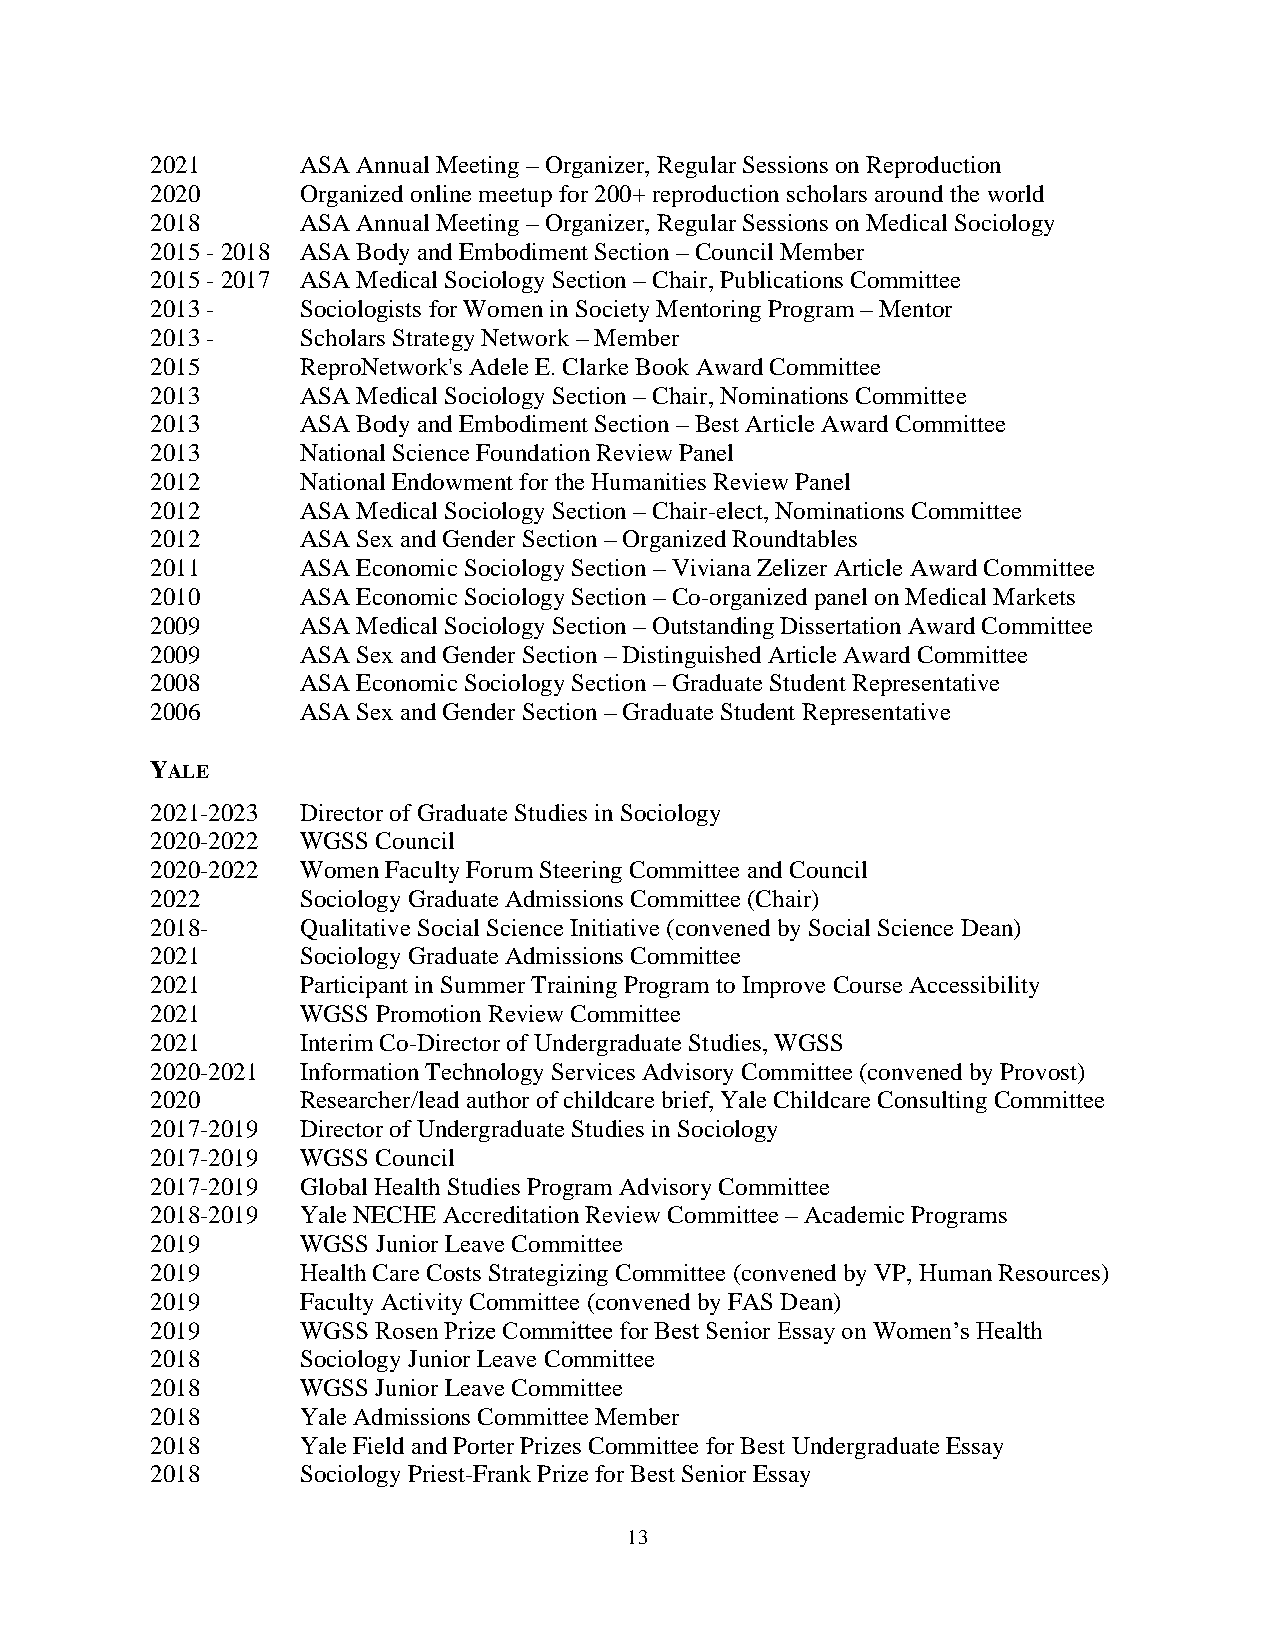
2021      ASA Annual Meeting – Organizer, Regular Sessions on Reproduction
 2020      Organized online meetup for 200+ reproduction scholars around the world
 2018      ASA Annual Meeting – Organizer, Regular Sessions on Medical Sociology
 2015 - 2018 ASA Body and Embodiment Section – Council Member
 2015 - 2017 ASA Medical Sociology Section – Chair, Publications Committee
 2013 -    Sociologists for Women in Society Mentoring Program – Mentor
 2013 -    Scholars Strategy Network – Member
 2015      ReproNetwork's Adele E. Clarke Book Award Committee
 2013      ASA Medical Sociology Section – Chair, Nominations Committee
 2013      ASA Body and Embodiment Section – Best Article Award Committee
 2013      National Science Foundation Review Panel
 2012      National Endowment for the Humanities Review Panel
 2012      ASA Medical Sociology Section – Chair-elect, Nominations Committee
 2012      ASA Sex and Gender Section – Organized Roundtables
 2011      ASA Economic Sociology Section – Viviana Zelizer Article Award Committee
 2010      ASA Economic Sociology Section – Co-organized panel on Medical Markets
 2009      ASA Medical Sociology Section – Outstanding Dissertation Award Committee
 2009      ASA Sex and Gender Section – Distinguished Article Award Committee
 2008      ASA Economic Sociology Section – Graduate Student Representative
 2006      ASA Sex and Gender Section – Graduate Student Representative
 YALE
 2021-2023 Director of Graduate Studies in Sociology
 2020-2022 WGSS Council
 2020-2022 Women Faculty Forum Steering Committee and Council
 2022      Sociology Graduate Admissions Committee (Chair)
 2018-     Qualitative Social Science Initiative (convened by Social Science Dean)
 2021      Sociology Graduate Admissions Committee
 2021      Participant in Summer Training Program to Improve Course Accessibility
 2021      WGSS Promotion Review Committee
 2021      Interim Co-Director of Undergraduate Studies, WGSS
 2020-2021 Information Technology Services Advisory Committee (convened by Provost)
 2020      Researcher/lead author of childcare brief, Yale Childcare Consulting Committee
 2017-2019 Director of Undergraduate Studies in Sociology
 2017-2019 WGSS Council
 2017-2019 Global Health Studies Program Advisory Committee
 2018-2019 Yale NECHE Accreditation Review Committee – Academic Programs
 2019      WGSS Junior Leave Committee
 2019      Health Care Costs Strategizing Committee (convened by VP, Human Resources)
 2019      Faculty Activity Committee (convened by FAS Dean)
 2019      WGSS Rosen Prize Committee for Best Senior Essay on Women’s Health
 2018      Sociology Junior Leave Committee
 2018      WGSS Junior Leave Committee
 2018      Yale Admissions Committee Member
 2018      Yale Field and Porter Prizes Committee for Best Undergraduate Essay
 2018      Sociology Priest-Frank Prize for Best Senior Essay
 13